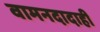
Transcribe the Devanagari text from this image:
वामनदादाही